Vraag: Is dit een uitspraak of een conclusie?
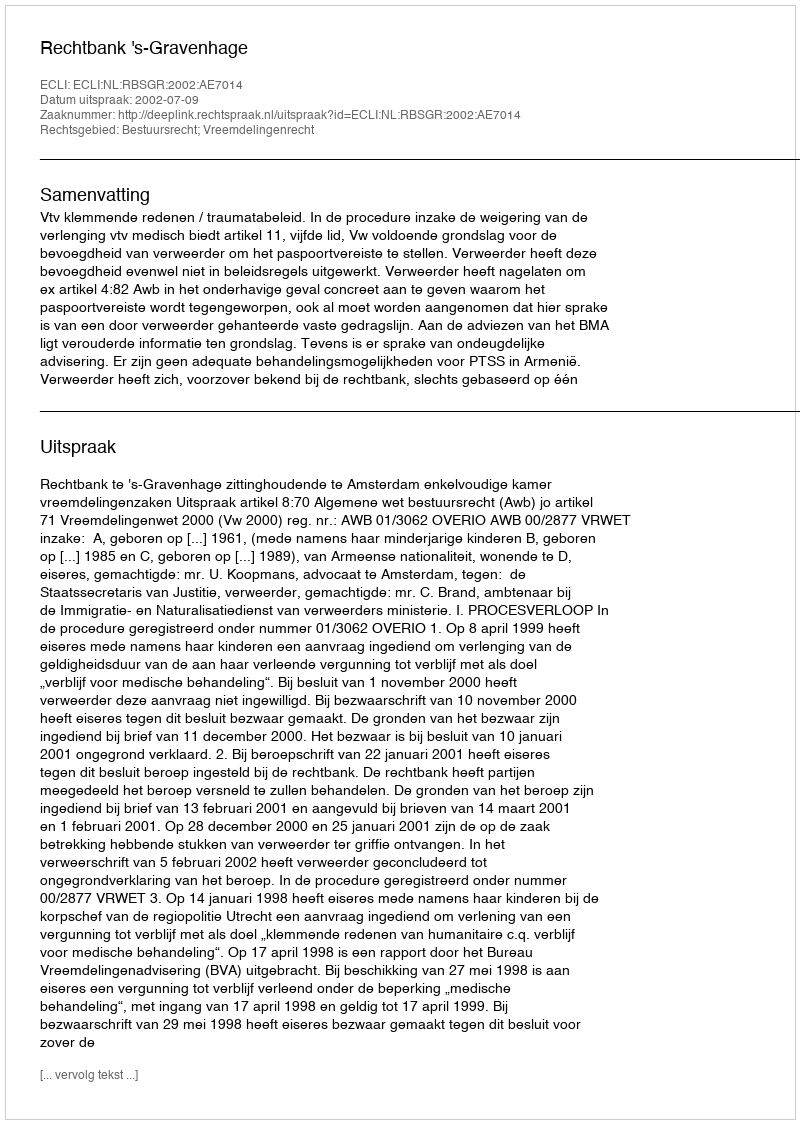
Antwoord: Uitspraak